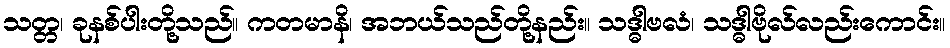
သတ္တ၊ ခုနစ်ပါးတို့သည်။ ကတမာနိ၊ အဘယ်သည်တို့နည်း။ သဒ္ဓါဗလံ၊ သဒ္ဓါဗိုလ်လည်းကောင်း။